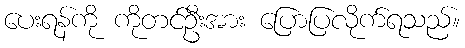
ပေးရန်ကို ကိုတင်ဦးအား ပြောပြလိုက်ရသည်။